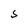
Character: S